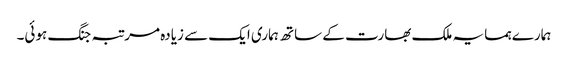
ہمارے ہمسایہ ملک بھارت کے ساتھ ہماری ایک سے زیادہ مرتبہ جنگ ہوئی۔